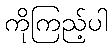
ကိုကြည့်ပါ